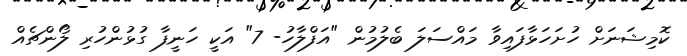
ކޮމިޝަނަށް ހުށަހަޅާފައިވާ މައްސަލަ ބެލުމުން "އަފްލާހު- 7" އަކީ ހަނީފާ ގުޅުންހުރި ލޯންޗެއް